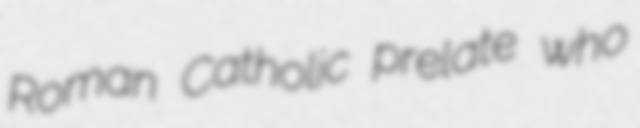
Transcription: Roman Catholic prelate who